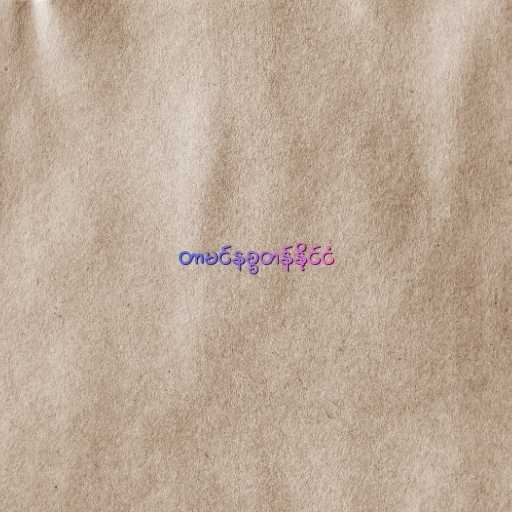
တာမင်နစ္စတန်နိုင်ငံ